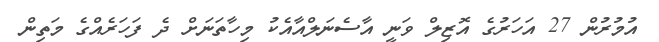
އުމުރުން 27 އަހަރުގެ އޮޒިލް ވަނީ އާސެނަލްއާއެކު މިހާތަނަށް ދެ ފަހަރެއްގެ މަތިން